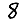
Digit: 8